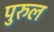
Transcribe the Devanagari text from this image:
पुरुल